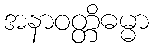
အနာဝတ္တိဓမ္မာ